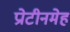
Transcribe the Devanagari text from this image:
प्रोटीनमेह